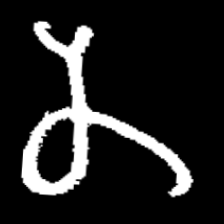
Pyu character \u2014 Myanmar letter: န (romanized: na)